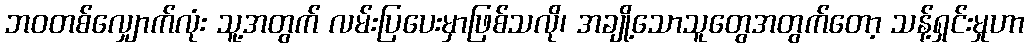
ဘဝတစ်လျှောက်လုံး သူ့အတွက် လမ်းပြပေးမှာဖြစ်သလို၊ အချို့သောသူတွေအတွက်တော့ သန့်ရှင်းမှုဟာ